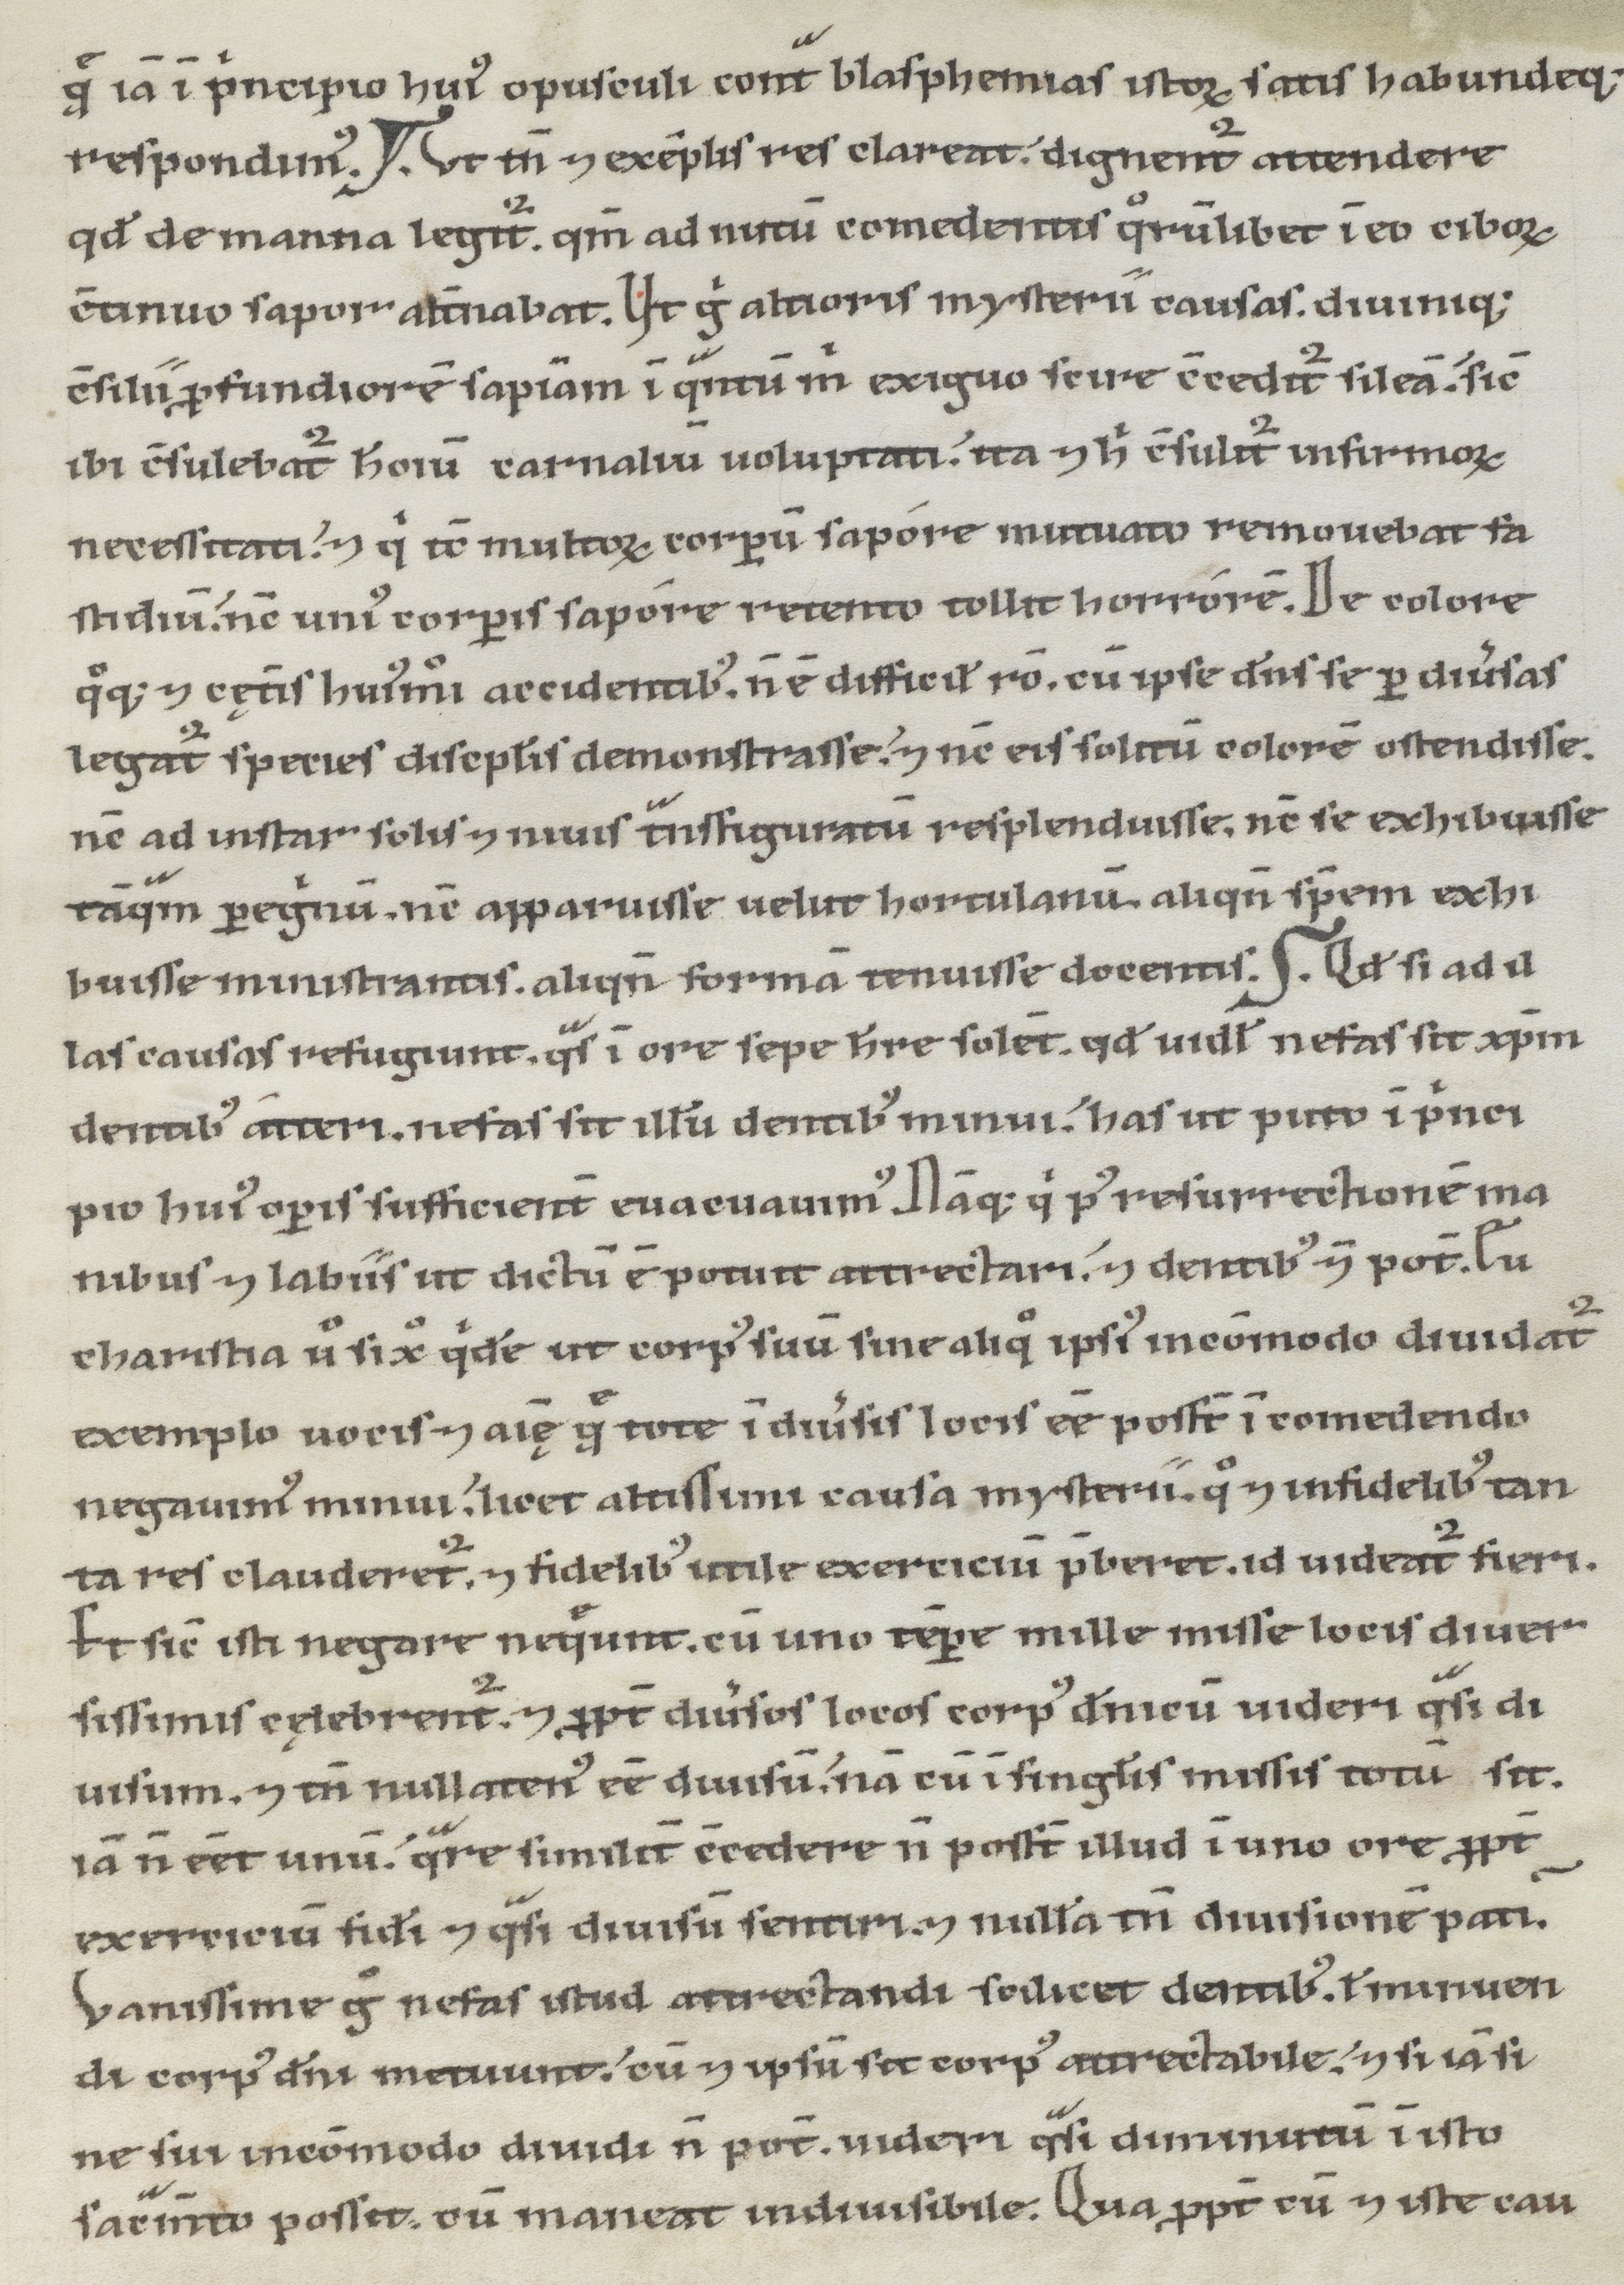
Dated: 1100–1199